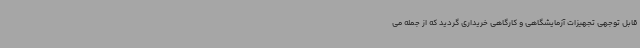
قابل توجهی تجهیزات آزمایشگاهی و کارگاهی خریداری گردید که از جمله می